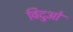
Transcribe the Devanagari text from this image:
विदुओं